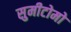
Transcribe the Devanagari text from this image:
सुमीटोमो